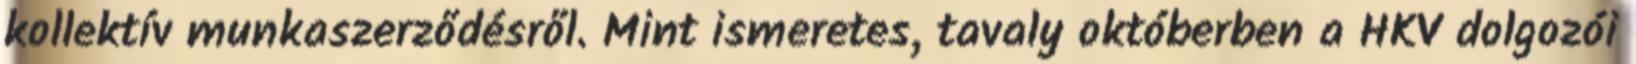
kollektív munkaszerződésről. Mint ismeretes, tavaly októberben a HKV dolgozói